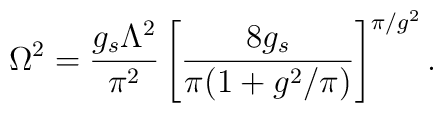
\Omega^2=\frac{g_s\Lambda^2}{\pi^2}\left[\frac{8g_s}{\pi(1+g^2/\pi)}\right]^{\pi/g^2}.